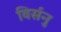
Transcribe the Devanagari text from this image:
विर्सनु